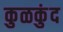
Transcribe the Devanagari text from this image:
कुळकुंद